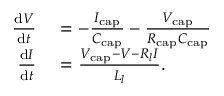
\begin{array} { r l } { \frac { \mathrm { d } V } { \mathrm { d } t } } & { { } = - \frac { I _ { \mathrm { c a p } } } { C _ { \mathrm { c a p } } } - \frac { V _ { \mathrm { c a p } } } { R _ { \mathrm { c a p } } C _ { \mathrm { c a p } } } } \\ { \frac { \mathrm { d } I } { \mathrm { d } t } } & { { } = \frac { V _ { \mathrm { c a p } } - V - R _ { l } I } { L _ { l } } . } \end{array}